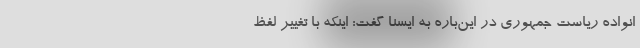
انواده ریاست جمهوری در این‌باره به ایسنا گفت: اینکه با تغییر لفظ